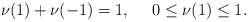
\begin{align*} \nu(1)+\nu(-1)=1, \ \ \ \ 0\leq\nu(1)\leq1.\end{align*}